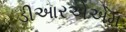
ડીઆરએએમ